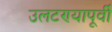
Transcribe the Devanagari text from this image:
उलटण्यापूर्वी